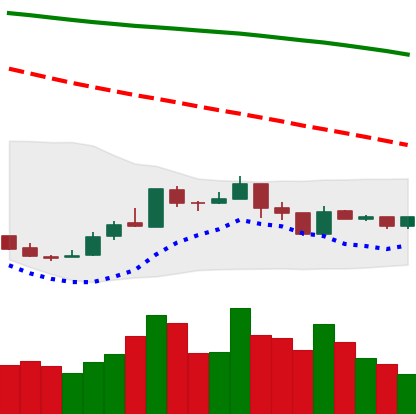
Ticker: XMR-USD
Chart end date: 2019-01-01
Forward return: 13.458%
Label: up_7plus